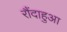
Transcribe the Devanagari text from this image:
रौंदाहुआ